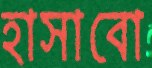
হাসাবো